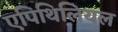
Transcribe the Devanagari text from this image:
एपिथिलियल